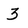
Character: 3